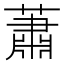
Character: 蕭